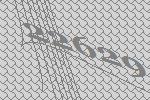
22629